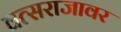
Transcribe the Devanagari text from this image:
वत्सराजावर